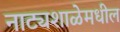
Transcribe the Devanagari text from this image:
नाट्यशाळेमधील